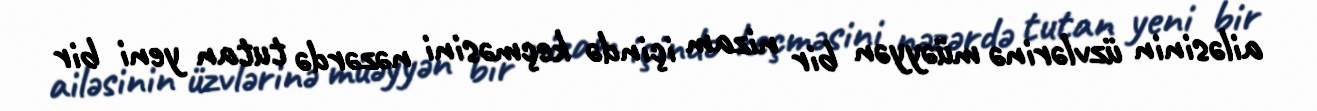
ailəsinin üzvlərinə müəyyən bir nizam içində keçməsini nəzərdə tutan yeni bir